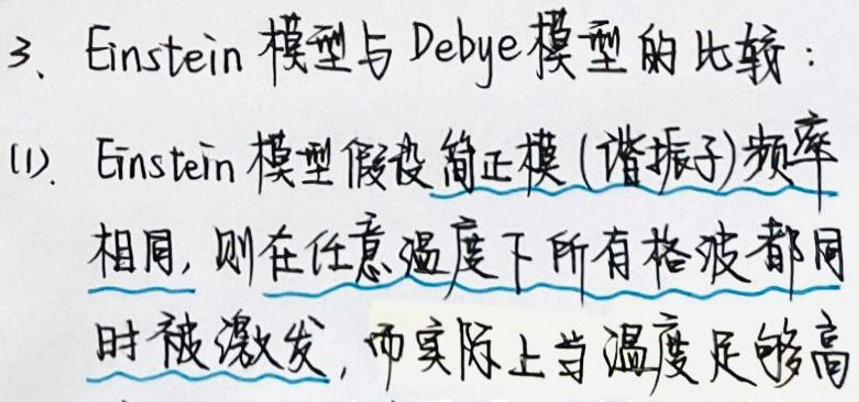
3. Einstein模型与Debye模型的比较：

(1). Einstein模型假设简正模(谐振子)频率相同，则在任意温度下所有格波都同时被激发，而实际上当温度足够高